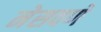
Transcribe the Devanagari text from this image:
नेसवणे